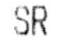
SR